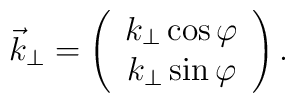
\vec{k}_{\perp}=\left(			\begin{array}{c}				k_{\perp}\cos\varphi \\				k_{\perp}\sin\varphi \\			\end{array}		\right).